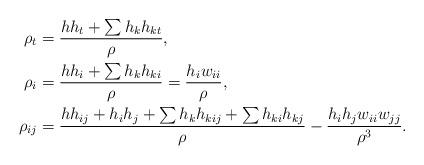
LaTeX: \begin{align*}\rho_{t}&=\frac{h h_{t}+\sum h_{k}h_{kt}}{\rho},\\\rho_{i}&=\frac{hh_{i}+\sum h_{k}h_{ki}}{\rho}=\frac{h_{i}w_{ii}}{\rho},\\\rho_{ij}&=\frac{hh_{ij}+h_{i}h_{j}+\sum h_{k}h_{kij}+\sum h_{ki}h_{kj}}{\rho}-\frac{h_{i}h_{j}w_{ii}w_{jj}}{\rho^{3}}.\end{align*}